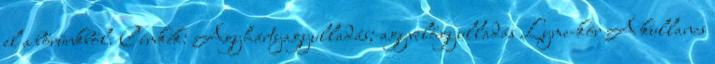
el a bőrünkből. Címkék: Agyhártyagyulladás; agyvelőgyulladás Lyme-kór A kullancs